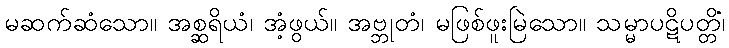
မဆက်ဆံသော။ အစ္ဆရိယံ၊ အံ့ဖွယ်။ အဗ္ဘုတံ၊ မဖြစ်ဖူးမြဲသော။ သမ္မာပဋိပတ္တိံ၊